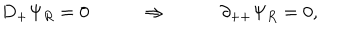
LaTeX: D _ { + } \Psi _ { R } = 0 \qquad \Rightarrow \qquad \partial _ { + + } \Psi _ { R } = 0 ,